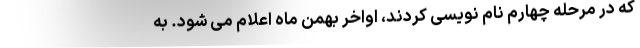
که در مرحله چهارم نام نویسی کردند، اواخر بهمن ماه اعلام می شود. به